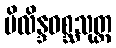
ပိလိန္ဒဝစ္ဆသုတ္တ